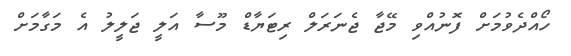
ހޯއްދެވުމަށް ފޮނުއްވި މޭޖާ ޖެނަރަލް ރިޓަޔާޑް މޫސާ އަލީ ޖަލީލު އެ މަގާމަށް